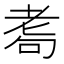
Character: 耈